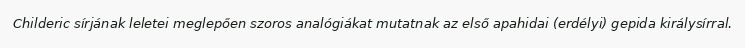
Childeric sírjának leletei meglepően szoros analógiákat mutatnak az első apahidai (erdélyi) gepida királysírral.